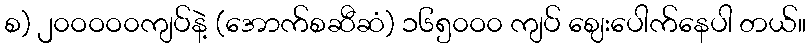
စ) ၂၀ဝဝဝ၀ကျပ်နဲ့ (အောက်စဆီဆံ) ၁၆၅၀ဝ၀ ကျပ် ဈေးပေါက်နေပါ တယ်။